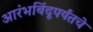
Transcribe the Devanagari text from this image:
आरंभबिंदूपर्यंतचे